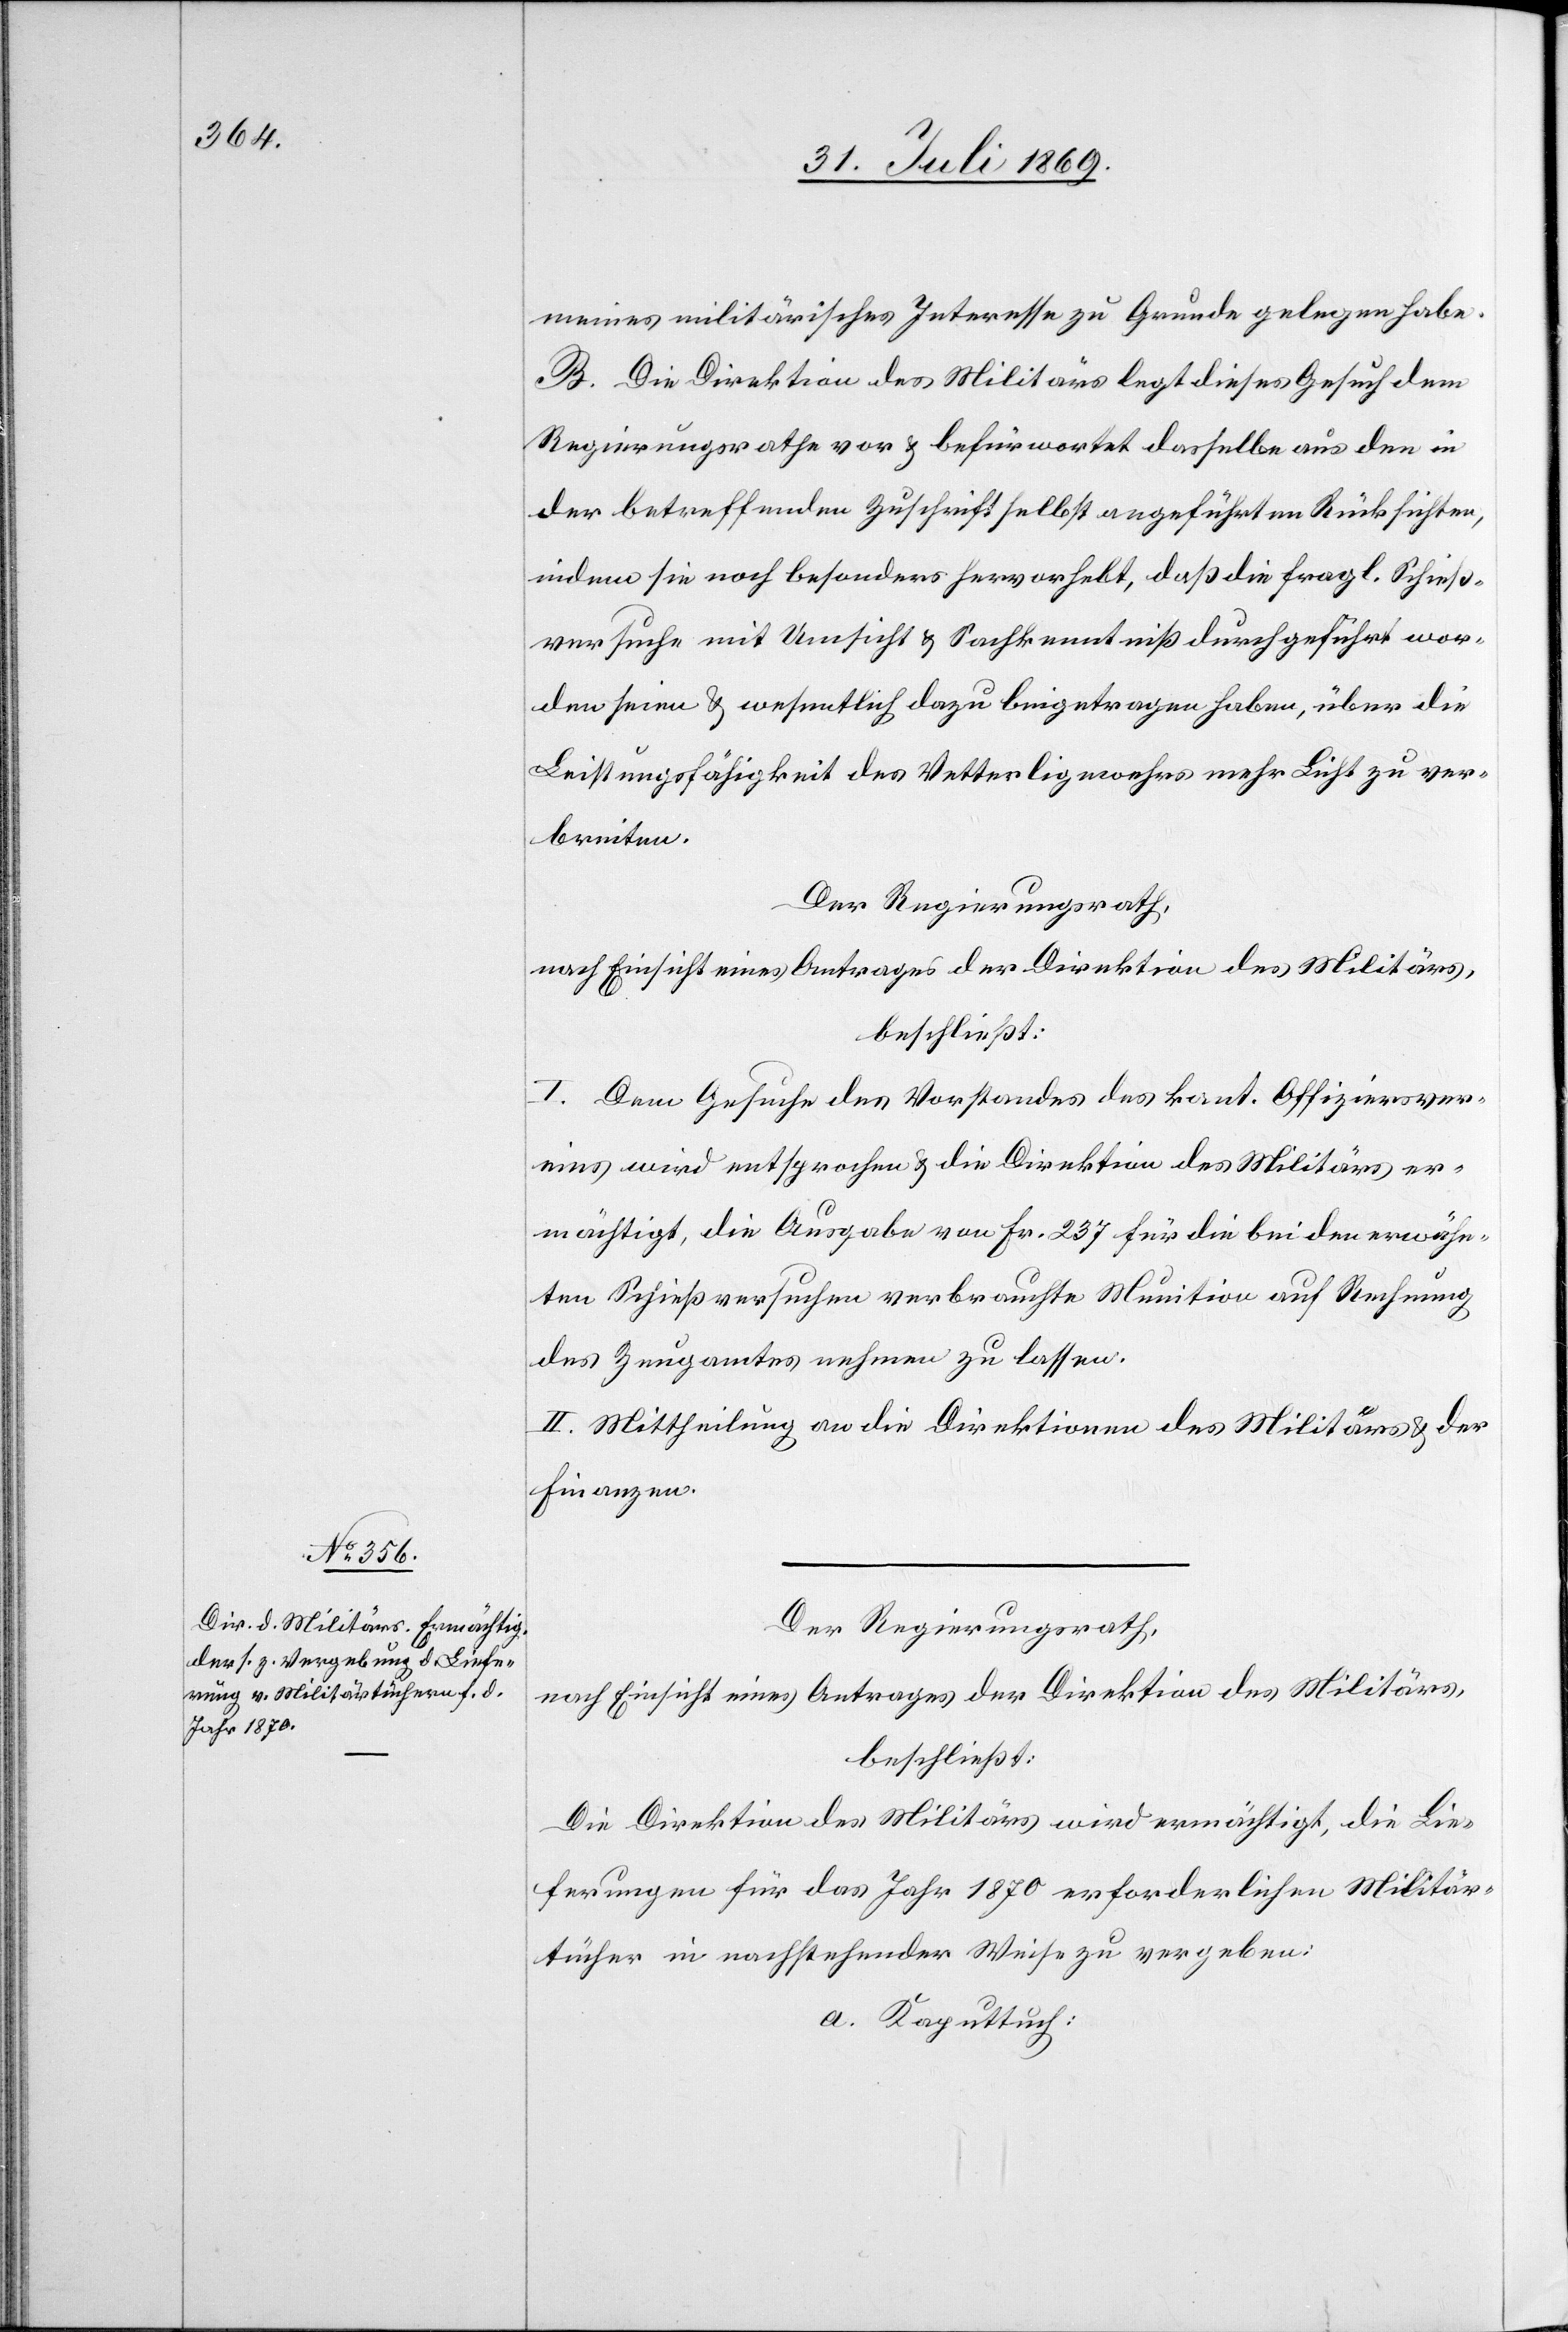
meines militärisches Interesse zu Grunde gelegen habe.
B. Die Direktion des Militärs legt dieses Gesuch dem
Regierungsrathe vor u. befürwortet dasselbe aus dem in
der betreffenden Zuschrift selbst angeführten Rücksichten,
indem sie noch besonders hervorhebt, daß die fragl. Schieß¬
versuche mit Umsicht u. Sachkenntniß durchgeführt wor¬
den seien u. wesentlich dazu beigetragen haben, über die
Leistungsfähigkeit des Vetterligewehr mehr Licht zu ver¬
breiten.
Der Regierungsrath,
nach Einsicht eines Antrages der Direktion des Militärs,
beschließt:
I. Dem Gesuche des Vorstandes des kant. Offiziersver¬
eins wird entsprochen u. die Direktion des Militärs er¬
mächtigt, die Ausgabe von Fr. 237 für die bei den erwähn¬
ten Schießversuchen verbrauchte Munition auf Rechnung
des Zeugamtes nehmen zu lassen.
II. Mittheilung an die Direktion des Militärs u. der
Finanzen.
Der Regierungsrath,
nach Einsicht eines Antrages der Direktion des Militärs,
beschließt:
Die Direktion des Militärs wird ermächtigt, die Lie¬
ferungen für das Jahr 1870 erforderlichen Militär¬
tücher in nachstehender Weise zu vergeben:
a. Kaputtuch: